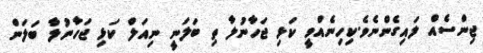
ޖިންސެއް ލައިގެންނެވެ.ކިހިނެއްވީ ކަޅި ޖަހާނުލާ ތި ބަލަނީ ނިއަލް ކަޅި ޖަހާނުލާ ބަލަން